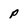
Character: p